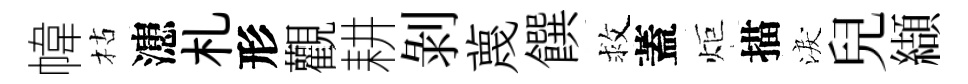
幃枯漶札形觀耕剝蔑饌救蓋炬描淚兒纈